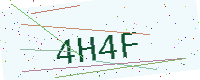
Text: 4H4F